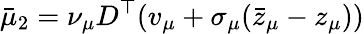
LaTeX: \bar{\mu}_{2}=\nu_{\mu}D^{\top}(v_{\mu}+\sigma_{\mu}(\bar{z}_{\mu}-z_{\mu}))